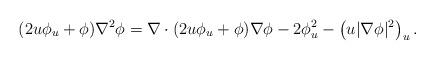
LaTeX: \begin{align*}( 2u\phi_u + \phi ) \nabla^2 \phi = \nabla \cdot ( 2 u \phi_u + \phi ) \nabla \phi -2 \phi^2_u - \left( u |\nabla \phi|^2 \right)_u .\end{align*}